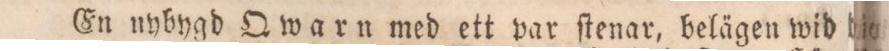
En nybygd Qwarn med ett var ſtenar, belägen wid